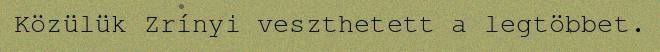
Közülük Zrínyi veszthetett a legtöbbet.